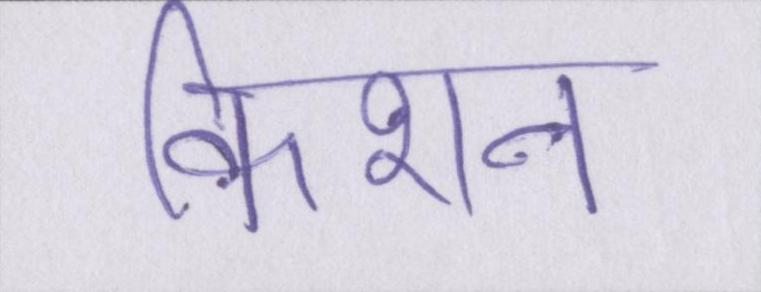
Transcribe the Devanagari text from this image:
किशन